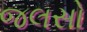
જલસો